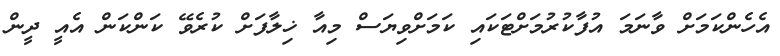
އެހެންކަމަށް ވާނަމަ އުފާކުރުމަށްޓަކައި ކަމަށްވިޔަސް މިއާ ޚިލާފަށް ކުރެވޭ ކަންކަން އެއީ ދީން